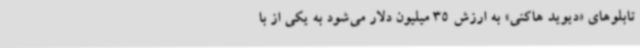
تابلوهای «دیوید هاکنی» به ارزش 35 میلیون دلار می‌شود به یکی از با